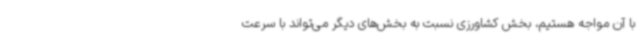
با آن مواجه هستیم، بخش کشاورزی نسبت به بخش‌های دیگر می‌تواند با سرعت